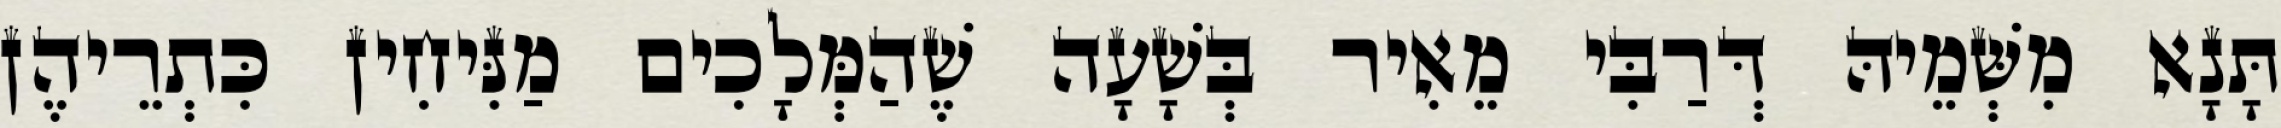
תָּנָא מִשְּׁמֵיהּ דְּרַבִּי מֵאִיר בְּשָׁעָה שֶׁהַמְּלָכִים מַנִּיחִין כִּתְרֵיהֶן